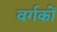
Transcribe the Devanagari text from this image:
वर्गकों